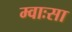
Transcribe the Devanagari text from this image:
म्वाःसा